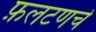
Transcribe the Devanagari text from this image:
फ़लटणचे